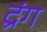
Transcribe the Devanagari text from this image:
द्रंग